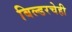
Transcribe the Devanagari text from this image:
बिल्डरचेही